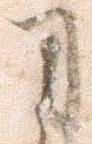
司